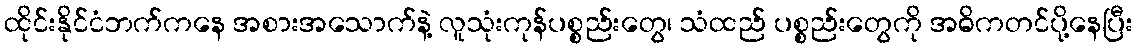
ထိုင်းနိုင်ငံဘက်ကနေ အစားအသောက်နဲ့ လူသုံးကုန်ပစ္စည်းတွေ၊ သံထည် ပစ္စည်းတွေကို အဓိကတင်ပို့နေပြီး